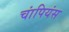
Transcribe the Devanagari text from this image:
चांपियंस